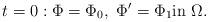
LaTeX: \begin{align*} t=0:\Phi=\Phi_0, \ \Phi'=\Phi_1 \hbox{in } \Omega.\end{align*}